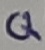
Text: Q